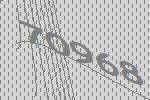
70968